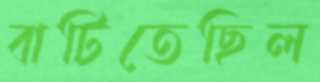
বাটিতেছিল